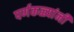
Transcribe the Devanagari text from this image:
पर्णकळ्यांनी